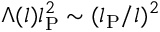
\Lambda ( l ) l _ { \mathrm { P } } ^ { 2 } \sim ( l _ { \mathrm { P } } / l ) ^ { 2 }